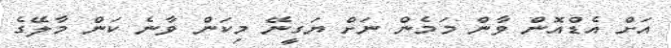
އަށް އެޑްއޮން ވާން މަމެން ނަށް ޔަގީނޭ މިކަން ވާނެ ކަން މާލޭގެ